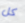
كل